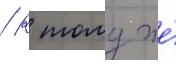
/ к тому же́